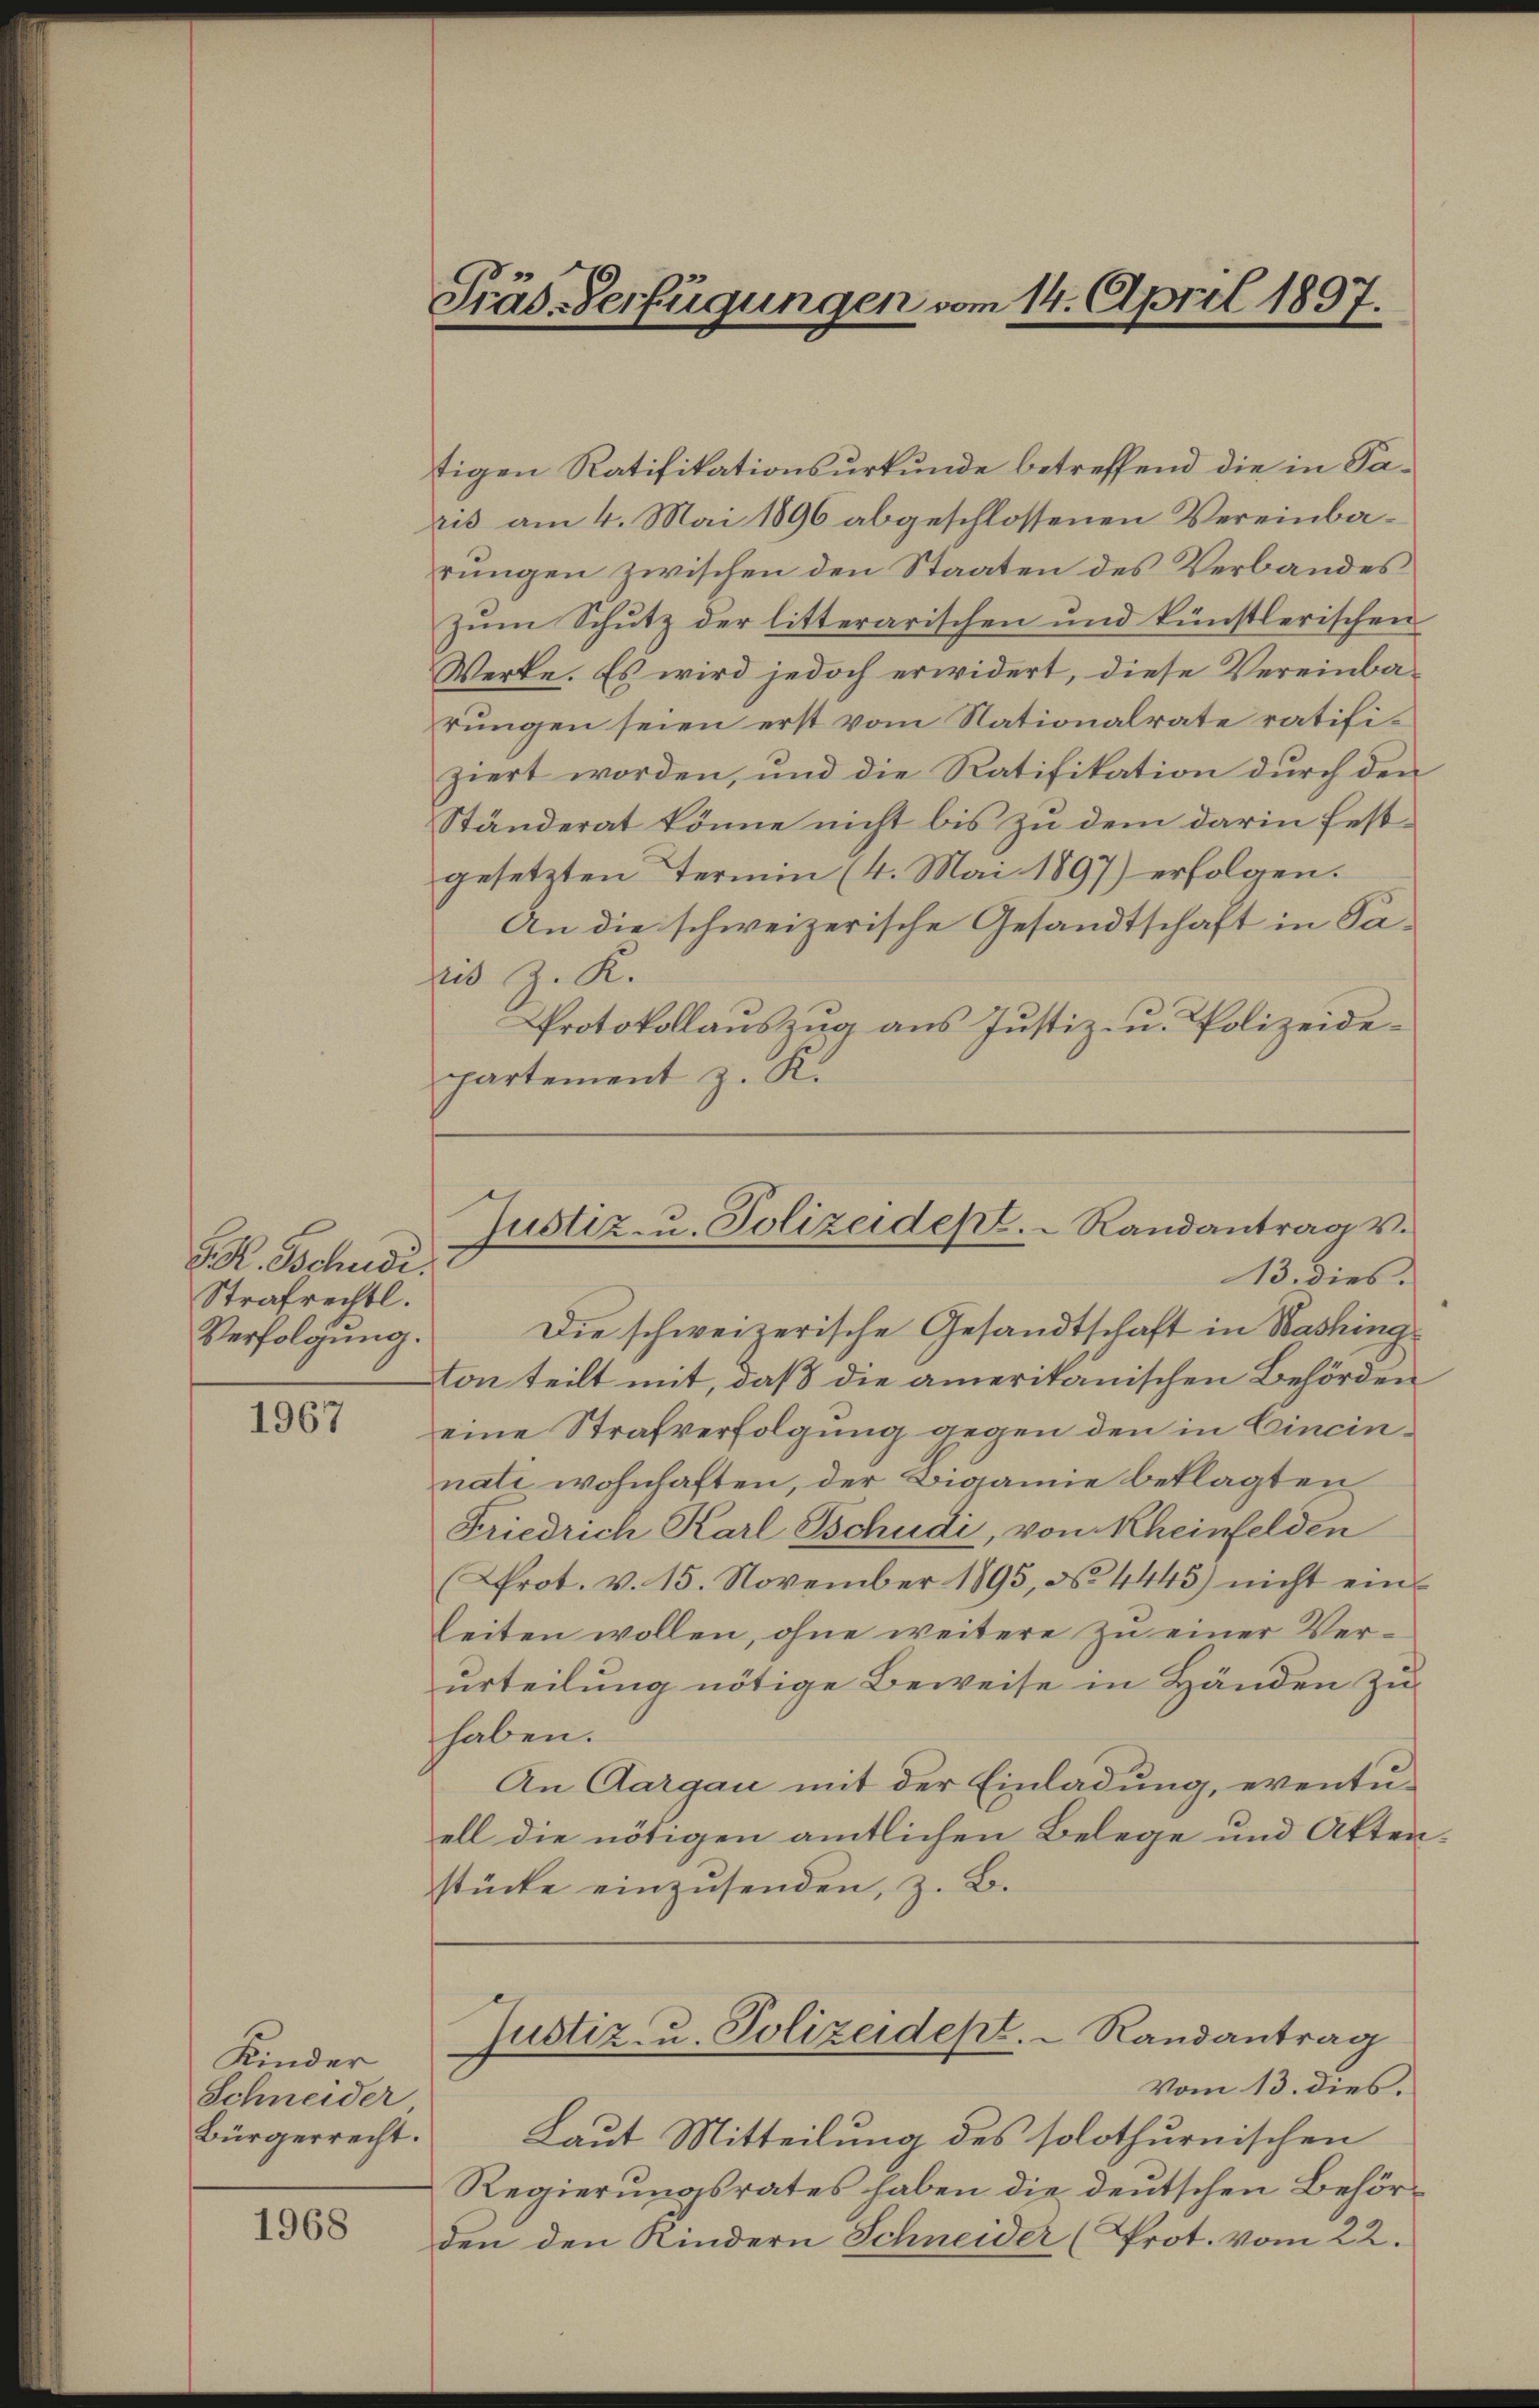
S. R. Tschudi
Strafrechtl.
Verfolgung.

1967

Kinder
Schneider
Bürgerrecht.

1968

tigen Ratifikationsurkunde betreffend die in Saris am 4. Mai 1896 abgeschlossenen Vereinbarungen zwischen den Staaten des Verbandes
zŭm Schŭtz der litterarischen und künstlerischen
Werke. Es wird jedoch erwidert, diese Vereinba-
rungen seien erst vom Nationalrate ratifiziert worden, und die Ratifikation durch den
Ständerat könne nicht bis zu dem darin festgesetzten Termin (4. Mai 1897) erfolgen.
An die schweizerische Gesandtschaft in Sazis z. K.
Protokollauszug aus Justiz- u. Polizeidepartement z. R.

Präs. Verfügungen vom 14. April 1897.

Justiz- u. Polizeidept. Randantrags.
13. dies

Die schweizerische Gesandtschaft in Washing
ton teilt mit, daß die amerikanischen Behörden
eine Strafverfolgung gegen den in Cincinnati wohnhaften, der Bigamie beklagten
Friedrich Karl Tschudi, von Rheinfelden
(rot. v. 15. November 1895, No 4445) nicht eins
leiten wollen, ohne weitere zu einer Verurteilung nötige Beweise in Händen zu
haben.
An Aargau mit der Einladung, eventu-
ell die nötigen amtlichen Belege und Akten
stücke einzusenden, z. B.
Justiz- u. Polizeidept. Randantrag
Vom 13. dies.
Laut Mitteilung des solothurnischen
Regierungsrates haben die deutschen Behörden den Kindern Schneider (Prot. vom 22.